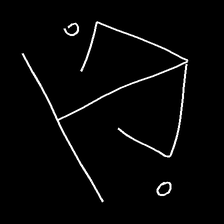
Glyph: earth